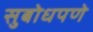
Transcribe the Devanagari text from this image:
सुबोधपणे